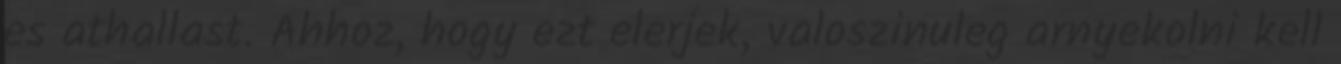
es athallast. Ahhoz, hogy ezt elerjek, valoszinuleg arnyekolni kell